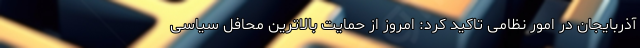
آذربایجان در امور نظامی تاکید کرد: امروز از حمایت بالاترین محافل سیاسی